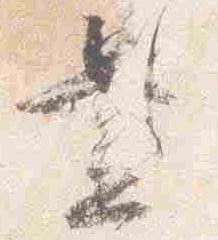
置